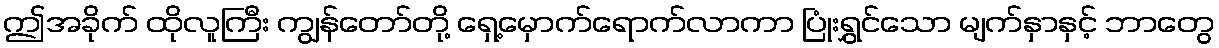
ဤအခိုက် ထိုလူကြီး ကျွန်တော်တို့ ရှေ့မှောက်ရောက်လာကာ ပြုံးရွှင်သော မျက်နှာနှင့် ဘာတွေ